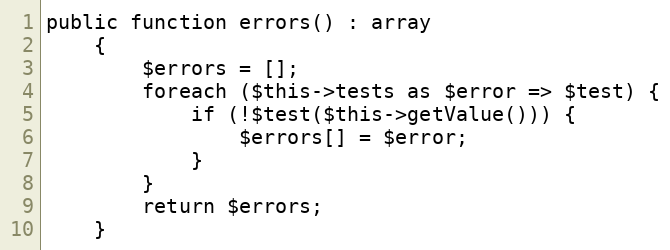
Language: PHP
public function errors() : array
    {
        $errors = [];
        foreach ($this->tests as $error => $test) {
            if (!$test($this->getValue())) {
                $errors[] = $error;
            }
        }
        return $errors;
    }